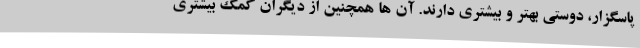
پاسگزار، دوستی بهتر و بیشتری دارند. آن ها همچنین از دیگران کمک بیشتری